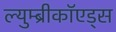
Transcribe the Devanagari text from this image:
ल्युम्ब्रीकॉएड्स